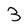
Character: 3